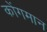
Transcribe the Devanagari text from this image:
कोंगमान